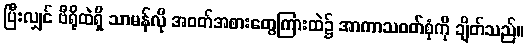
ပြီးလျှင် ဗီရိုထဲရှိ သာမန်လို အဝတ်အစားတွေကြားထဲ၌ အာကာသဝတ်စုံကို ချိတ်သည်။